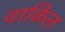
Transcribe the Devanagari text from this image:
वाकिल